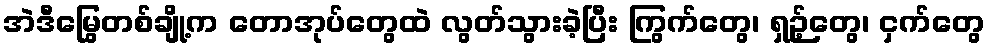
အဲဒီမြွေတစ်ချို့က တောအုပ်တွေထဲ လွတ်သွားခဲ့ပြီး ကြွက်တွေ၊ ရှဉ့်တွေ၊ ငှက်တွေ